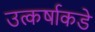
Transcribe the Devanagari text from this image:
उत्कर्षाकडे